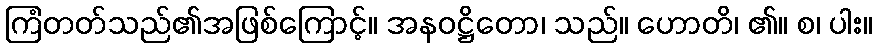
ကြံတတ်သည်၏အဖြစ်ကြောင့်။ အနဝဋ္ဌိတော၊ သည်။ ဟောတိ၊ ၏။ စ၊ ပါး။